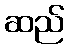
ဆည်